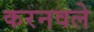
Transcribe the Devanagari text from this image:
करनवले